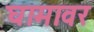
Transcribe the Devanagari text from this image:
घामावर